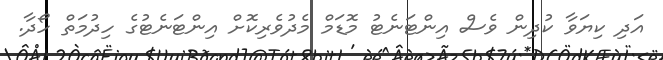
އަދި ކިޔަވާ ކުދިން ވެސް އިންޓަނެޓު މޮޑަމް މެދުވެރިކޮށް އިންޓަނެޓުގެ ހިދުމަތް ހޯދާ.